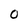
Character: 0